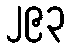
၂၉၃